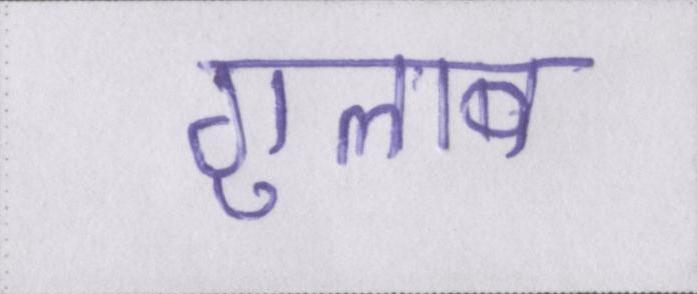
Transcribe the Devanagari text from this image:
गुलाब